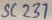
Text: SC237